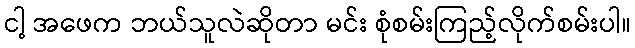
ငါ့ အဖေက ဘယ်သူလဲဆိုတာ မင်း စုံစမ်းကြည့်လိုက်စမ်းပါ။